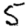
Digit: 5